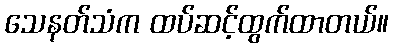
သေနတ်သံက ထပ်ဆင့်ထွက်ထာတယ်။